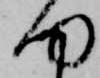
何